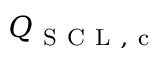
Q _ { \mathrm { ~ S ~ C ~ L ~ , ~ c ~ } }